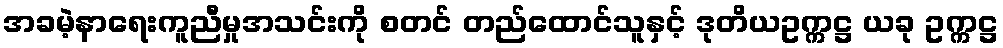
အခမဲ့နာရေးကူညီမှုအသင်းကို စတင် တည်ထောင်သူနှင့် ဒုတိယဥက္ကဋ္ဌ ယခု ဥက္ကဋ္ဌ